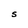
Character: S